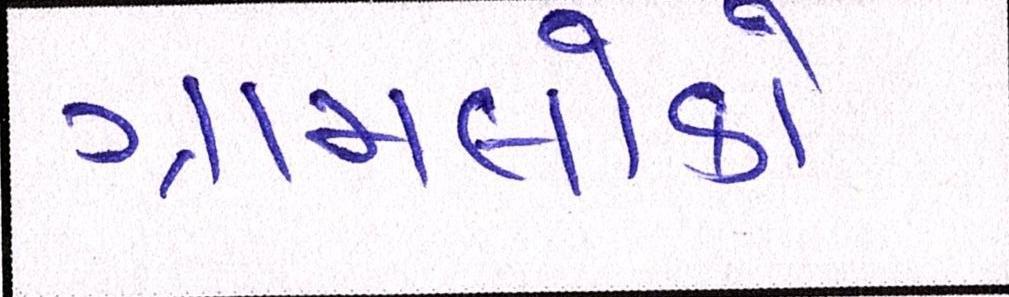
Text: ગ્રામલોકો